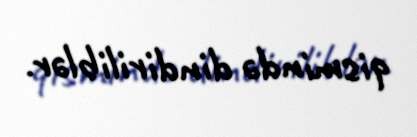
qismində dindiriliblər.